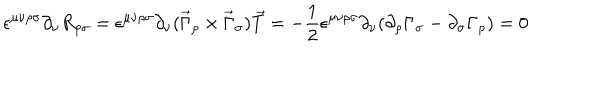
LaTeX: \epsilon ^ { \mu \nu \rho \sigma } \partial _ { \nu } R _ { \rho \sigma } = \epsilon ^ { \mu \nu \rho \sigma } \partial _ { \nu } ( \vec { \Gamma } _ { \rho } \times \vec { \Gamma } _ { \sigma } ) \vec { T } = - \frac { 1 } { 2 } \epsilon ^ { \mu \nu \rho \sigma } \partial _ { \nu } ( \partial _ { \rho } \Gamma _ { \sigma } - \partial _ { \sigma } \Gamma _ { \rho } ) = 0